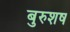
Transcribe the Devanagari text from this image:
बुरुशष